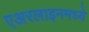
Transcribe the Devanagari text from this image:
एअरलाइनमध्ये